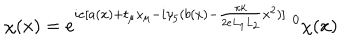
\chi ( x ) = e ^ { i e [ a ( x ) + t _ { \mu } x _ { \mu } - i \gamma _ { 5 } ( b ( x ) - \frac { \pi k } { 2 e L _ { 1 } L _ { 2 } } x ^ { 2 } ) ] } \; ^ { 0 } \chi ( x )